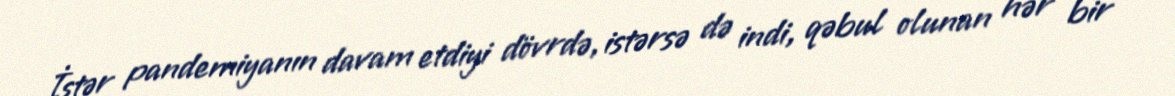
İstər pandemiyanın davam etdiyi dövrdə, istərsə də indi, qəbul olunan hər bir